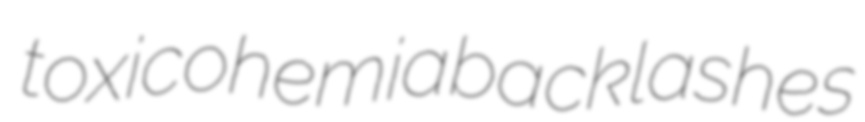
toxicohemia backlashes